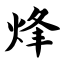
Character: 烽